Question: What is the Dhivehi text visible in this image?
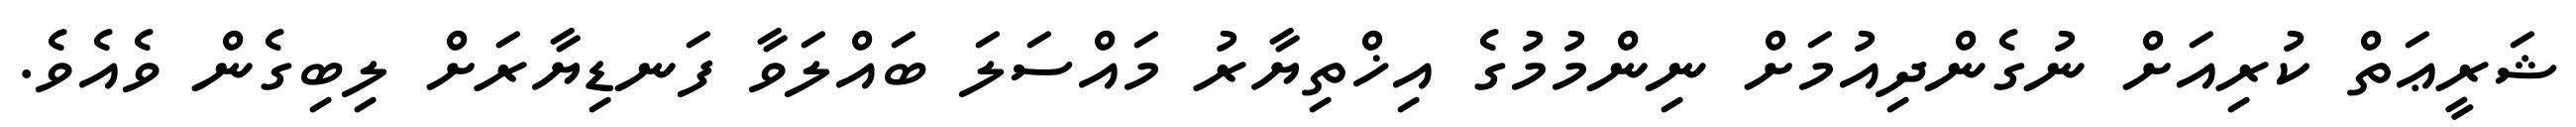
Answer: ޝަރީޢަތް ކުރިއަށް ނުގެންދިއުމަށް ނިންމުމުގެ އިޚްތިޔާރު މައްސަލަ ބައްލަވާ ފަނޑިޔާރަށް ލިބިގެން ވެއެވެ.